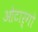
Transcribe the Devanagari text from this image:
ओटार्गो